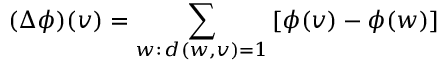
( \Delta \phi ) ( v ) = \sum _ { w : \, d ( w , v ) = 1 } \left[ \phi ( v ) - \phi ( w ) \right]